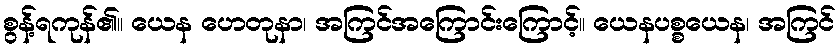
စွန့်ရကုန်၏။ ယေန ဟေတုနာ၊ အကြင်အကြောင်းကြောင့်။ ယေနပစ္စယေန၊ အကြင်